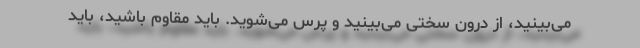
می‌بینید، از درون سختی می‌بینید و پرس می‌شوید. باید مقاوم باشید، باید